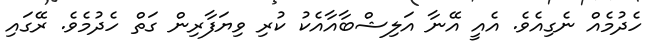
ހެދުމެއް ނެގިއެވެ. އެއީ އޭނާ އަލިޝްބާއާއެކު ކުރި ވިޔަފާރިން ގަތް ހެދުމެވެ. ރޭގައި